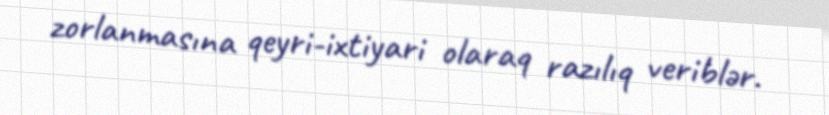
zorlanmasına qeyri-ixtiyari olaraq razılıq veriblər.